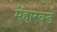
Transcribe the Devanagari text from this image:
मेंहारवर्ड